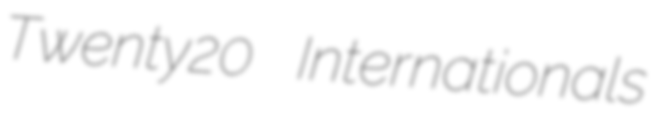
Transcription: Twenty20 Internationals